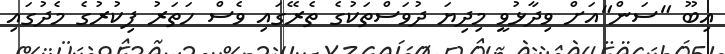
އިބޫ "ސަން"އަށް ވިދާޅުވީ މިދިޔަ ދުވަސްތަކުގެ ތެރޭގައި ވެސް ހަތަރު ފިކުރުގެ މެދުގައި